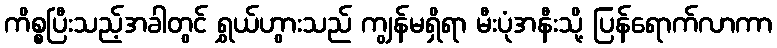
ကိစ္စပြီးသည့်အခါတွင် ရွှယ်ဟွားသည် ကျွန်မရှိရာ မီးပုံအနီးသို့ ပြန်ရောက်လာကာ